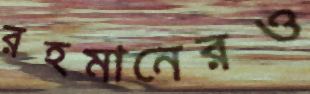
রহমানেরও